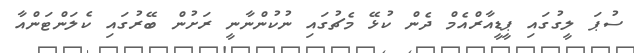
ސުޕަ ލީގުގައި ޕީޑީއާރްއެމް ދެން ކުޅޭ މެޗުގައި ނުކުންނާނީ ރަށުން ބޭރުގައި ކެލަންޓަންއާ